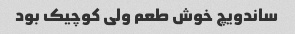
ساندویچ خوش طعم ولی کوچیک بود